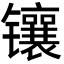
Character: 镶